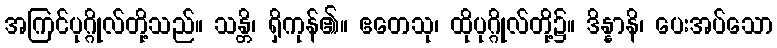
အကြင်ပုဂ္ဂိုလ်တို့သည်။ သန္တိ၊ ရှိကုန်၏။ ဧတေသု၊ ထိုပုဂ္ဂိုလ်တို့၌။ ဒိန္နာနိ၊ ပေးအပ်သော